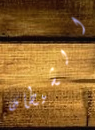
الشيطان